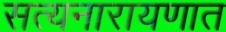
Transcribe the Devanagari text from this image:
सत्यनारायणात